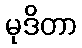
မုဒိတာ